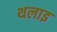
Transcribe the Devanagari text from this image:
थलाइ